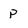
Character: P